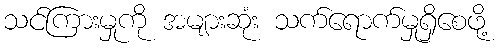
သင်ကြားမှုကို အများဆုံး သက်ရောက်မှုရှိစေဖို့